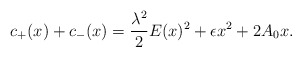
\begin{align*} c_+(x)+c_-(x)=\frac{\lambda^2}{2}E(x)^2+\epsilon x^2+2A_0x.\end{align*}